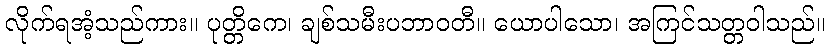
လိုက်ရအံ့သည်ကား။ ပုတ္တိကေ၊ ချစ်သမီးပဘာဝတီ။ ယောပါသော၊ အကြင်သတ္တဝါသည်။